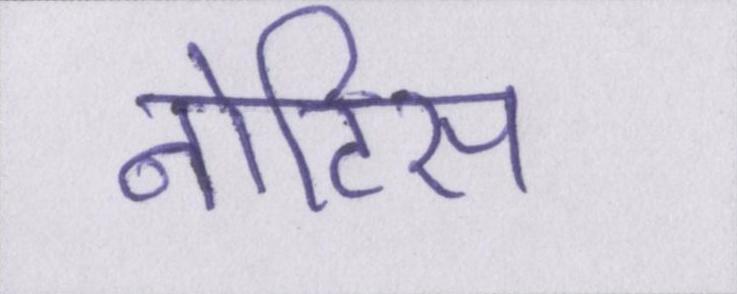
नोटिस